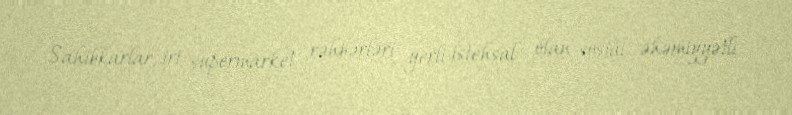
Sahibkarlar, iri supermarket rəhbərləri yerli istehsal olan sosial əhəmiyyətli